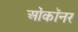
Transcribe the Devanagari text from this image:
ओंकॉनर